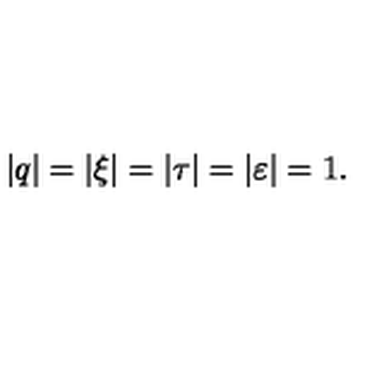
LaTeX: | q | = | \xi | = | \tau | = | \varepsilon | = 1 .